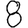
Digit: 8